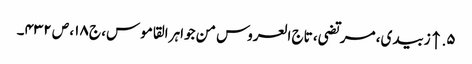
۵. ↑ زبیدی، مرتضی، تاج العروس من جواہر القاموس، ج ۱۸، ص ۴۳۲۔